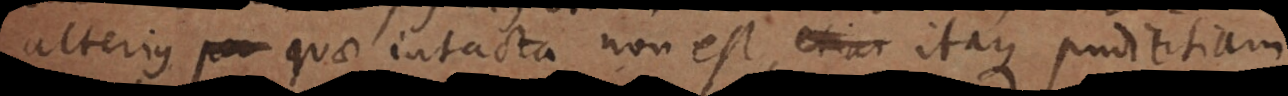
alterius quae intacta non est, itaque pudicitiam